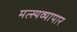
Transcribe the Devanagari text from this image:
मत्स्यव्यापार